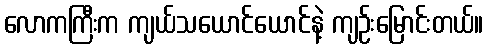
လောကကြီးက ကျယ်သယောင်ယောင်နဲ့ ကျဉ်းမြောင်းတယ်။